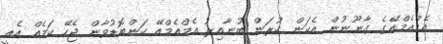
އެމްއެމްއޭގެ ގާނޫނުން އެކަން ކުރަން ބުނާއިރު އެމްއެމްއޭ ކަންބޮޑުވާން ޖެހޭ ކަމެއް އެއީ